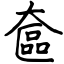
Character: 奩